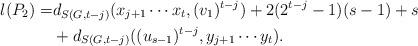
LaTeX: \begin{align*}l(P_2)=&d_{S(G,t-j)}(x_{j+1}\cdots x_t,(v_1)^{t-j})+2(2^{t-j}-1)(s-1)+s\\&+d_{S(G,t-j)}((u_{s-1})^{t-j},y_{j+1}\cdots y_t).\end{align*}